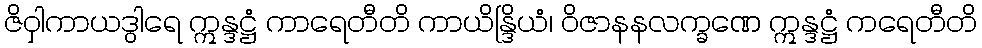
ဇိဝှါကာယဒွါရေ ဣန္ဒဋ္ဌံ ကာရေတီတိ ကာယိန္ဒြိယံ၊ ဝိဇာနနလက္ခဏေ ဣန္ဒဋ္ဌံ ကရေတီတိ